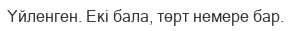
Үйленген. Екі бала, төрт немере бар.